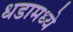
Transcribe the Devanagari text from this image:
धडामध्ये